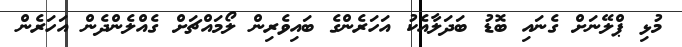
މުޅި ޕްލޭނަށް ގެނައި ބޮޑު ބަދަލާއެކު އަހަރެންގެ ބައިވެރިން ލޯމައްޗަށް ގެއްލެންދެން އަހަރެން